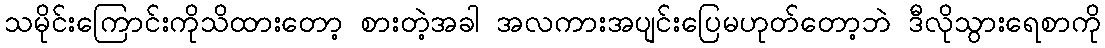
သမိုင်းကြောင်းကိုသိထားတော့ စားတဲ့အခါ အလကားအပျင်းပြေမဟုတ်တော့ဘဲ ဒီလိုသွားရေစာကို